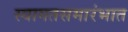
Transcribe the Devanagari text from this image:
स्वागतसमारंभात